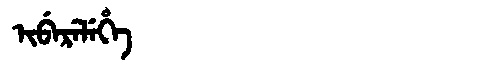
Manchu: ᡳᠪᡝᡵᡝᠯᡝᡥᡝ
Romanization: IBERELEHE